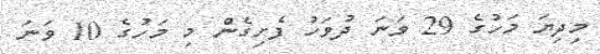
މިދިޔަ މަހުގެ 29 ވަނަ ދުވަހު ފެށިގެން މި މަހުގެ 10 ވަނަ